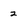
Character: 2